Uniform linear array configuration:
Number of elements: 64
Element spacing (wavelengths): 0.75
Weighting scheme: cosine
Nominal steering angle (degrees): -45
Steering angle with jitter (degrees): -43.448
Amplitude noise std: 0.05
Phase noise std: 0.05

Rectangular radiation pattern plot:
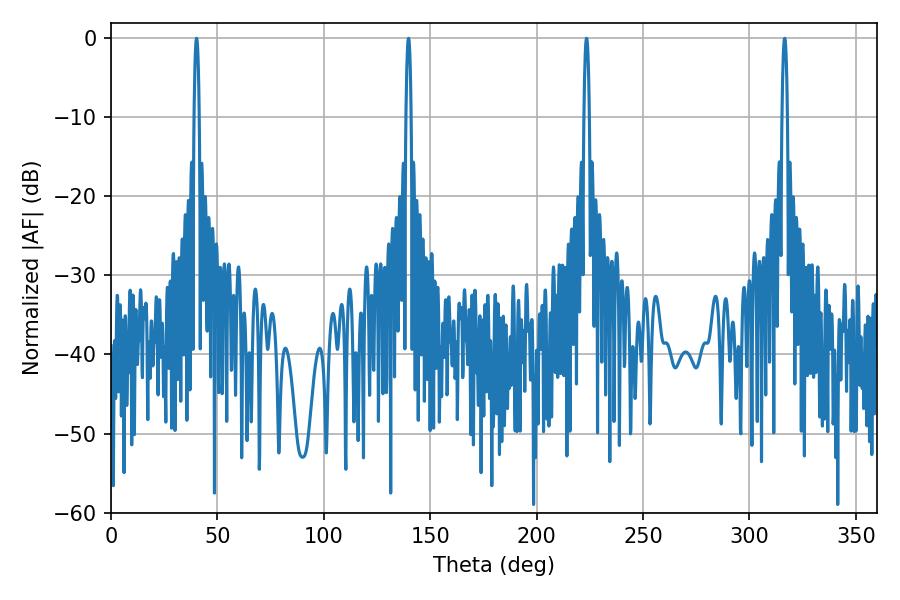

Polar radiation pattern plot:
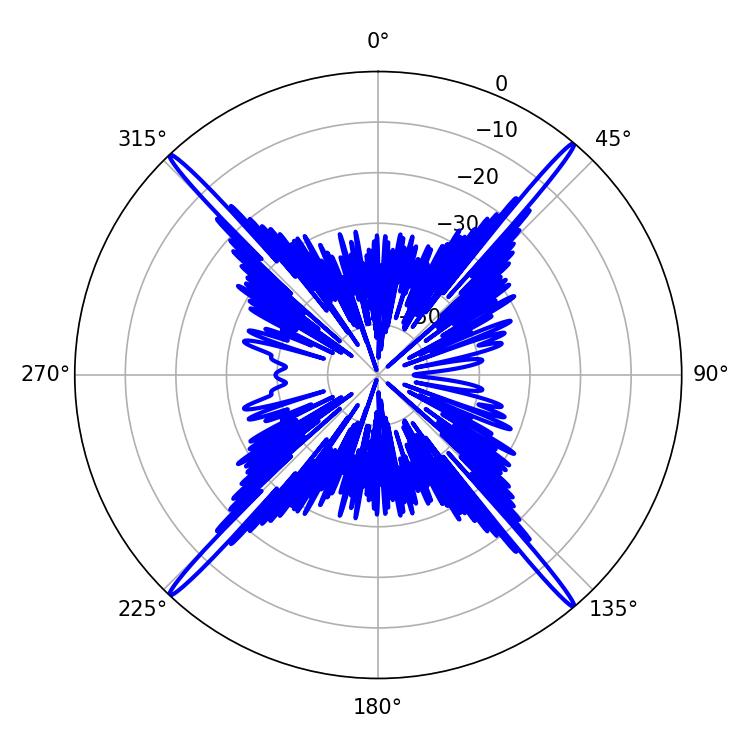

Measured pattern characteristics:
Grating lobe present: TRUE
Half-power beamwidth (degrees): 1.26
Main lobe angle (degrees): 139.86